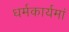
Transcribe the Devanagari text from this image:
धर्मकार्यमां